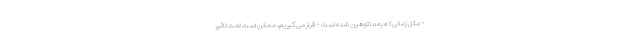
- مثل زمانی که به ما توهین شده است - قرار می گیریم، ممکن است تحت تاثیر